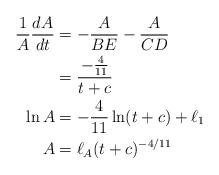
LaTeX: \begin{align*}\frac{1}{A}\frac{dA}{dt}&=-\frac{A}{BE}-\frac{A}{CD}\\&=\frac{-\frac{4}{11}}{t+c}\\\ln A&=-\frac{4}{11}\ln(t+c)+\ell_1\\A&=\ell_A(t+c)^{-4/11}\end{align*}